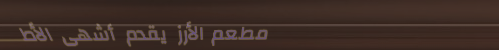
مطعم الأرز يقدم أشهى الأط